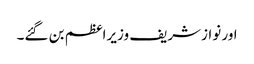
اور نوازشریف وزیراعظم بن گئے۔